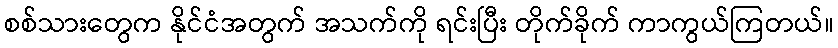
စစ်သားတွေက နိုင်ငံအတွက် အသက်ကို ရင်းပြီး တိုက်ခိုက် ကာကွယ်ကြတယ်။